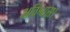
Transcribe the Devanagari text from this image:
अविश्वास।